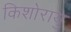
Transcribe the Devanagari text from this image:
किशोरायु